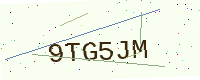
Text: 9TG5JM